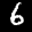
Label: 6